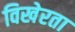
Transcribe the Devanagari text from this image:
विखेरता